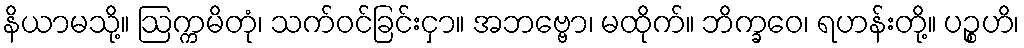
နိယာမသို့။ ဩက္ကမိတုံ၊ သက်ဝင်ခြင်းငှာ။ အဘဗ္ဗော၊ မထိုက်။ ဘိက္ခဝေ၊ ရဟန်းတို့။ ပဉ္စဟိ၊